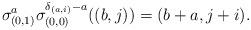
LaTeX: \begin{align*} \sigma_{(0,1)}^a\sigma_{(0,0)}^{\delta_{(a,i)}-a} ((b,j))=(b+a,j+i).\end{align*}